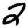
Digit: 2